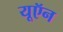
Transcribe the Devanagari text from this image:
यूऍन